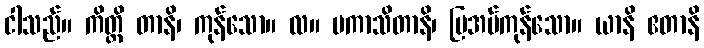
ငါသည်။ ကိတ္တိ တာနိ၊ ကုန်သော။ လ။ ပကာသိတာနိ၊ ပြအပ်ကုန်သော။ ယာနိ ဧတာနိ